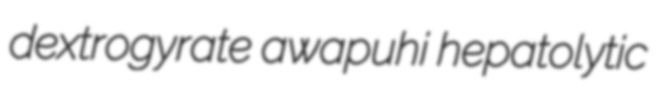
dextrogyrate awapuhi hepatolytic